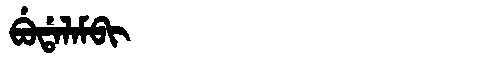
Manchu: ᠪᡠᡩᠠᠯᠠᠮᠪᡳ
Romanization: BUDALAMBI